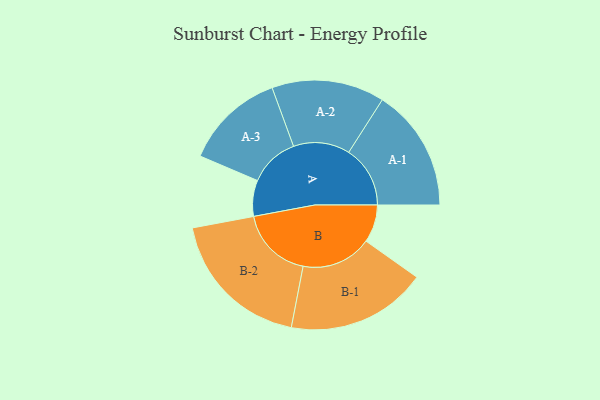
{"axis": {"x": "Segment", "y": "Value"}, "legend": ["", "A", "B"], "data": [{"x": "A", "y": 143, "type": ""}, {"x": "B", "y": 150, "type": ""}, {"x": "A-1", "y": 244, "type": "A"}, {"x": "A-2", "y": 224, "type": "A"}, {"x": "A-3", "y": 199, "type": "A"}, {"x": "B-1", "y": 279, "type": "B"}, {"x": "B-2", "y": 291, "type": "B"}]}